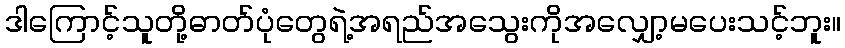
ဒါကြောင့်သူတို့ဓာတ်ပုံတွေရဲ့အရည်အသွေးကိုအလျှော့မပေးသင့်ဘူး။